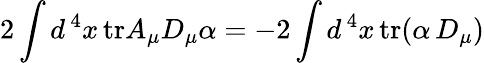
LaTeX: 2\int d^{\, 4}x\, \mathrm{tr}A_{\mu}D_{\mu}\alpha=-2\int d^{\, 4}x\, \mathrm{tr}(\alpha\, D_{\mu})